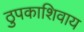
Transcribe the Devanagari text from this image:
ठुपकाशिवाय